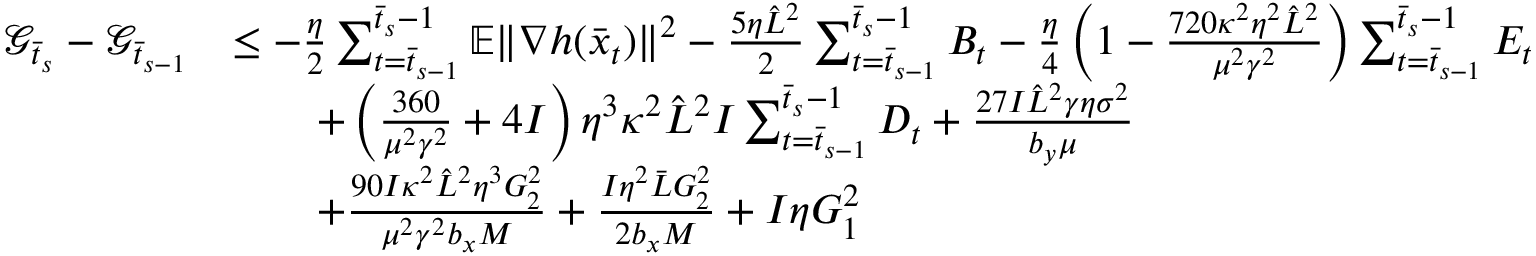
\begin{array} { r l } { \mathcal { G } _ { \bar { t } _ { s } } - \mathcal { G } _ { \bar { t } _ { s - 1 } } } & { \leq - \frac { \eta } { 2 } \sum _ { t = \bar { t } _ { s - 1 } } ^ { \bar { t } _ { s } - 1 } \mathbb { E } \| \nabla h ( \bar { x } _ { t } ) \| ^ { 2 } - \frac { 5 \eta \hat { L } ^ { 2 } } { 2 } \sum _ { t = \bar { t } _ { s - 1 } } ^ { \bar { t } _ { s } - 1 } B _ { t } - \frac { \eta } { 4 } \left( 1 - \frac { 7 2 0 \kappa ^ { 2 } \eta ^ { 2 } \hat { L } ^ { 2 } } { \mu ^ { 2 } \gamma ^ { 2 } } \right) \sum _ { t = \bar { t } _ { s - 1 } } ^ { \bar { t } _ { s } - 1 } E _ { t } } \\ & { \qquad + \left( \frac { 3 6 0 } { \mu ^ { 2 } \gamma ^ { 2 } } + 4 I \right) \eta ^ { 3 } \kappa ^ { 2 } \hat { L } ^ { 2 } I \sum _ { t = \bar { t } _ { s - 1 } } ^ { \bar { t } _ { s } - 1 } D _ { t } + \frac { 2 7 I \hat { L } ^ { 2 } \gamma \eta \sigma ^ { 2 } } { b _ { y } \mu } } \\ & { \qquad + \frac { 9 0 I \kappa ^ { 2 } \hat { L } ^ { 2 } \eta ^ { 3 } G _ { 2 } ^ { 2 } } { \mu ^ { 2 } \gamma ^ { 2 } b _ { x } M } + \frac { I \eta ^ { 2 } \bar { L } G _ { 2 } ^ { 2 } } { 2 b _ { x } M } + I \eta G _ { 1 } ^ { 2 } } \end{array}